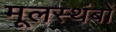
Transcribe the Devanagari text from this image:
मूलस्थंबों